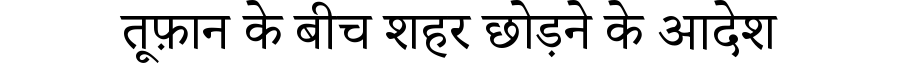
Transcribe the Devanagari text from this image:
तूफ़ान के बीच शहर छोड़ने के आदेश